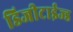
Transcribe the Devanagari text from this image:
डिजीटाईज्‍ड